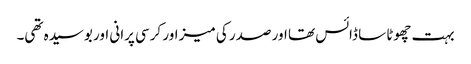
بہت چھوٹا سا ڈائس تھا اور صدر کی میز اور کرسی پرانی اور بوسیدہ تھی۔